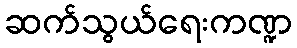
ဆက်သွယ်ရေးကဏ္ဍ